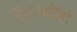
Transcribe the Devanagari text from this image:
सिद्धान्तौंको